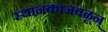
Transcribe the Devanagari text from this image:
स्थानकाजवळून्